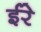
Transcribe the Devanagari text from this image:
ईरे